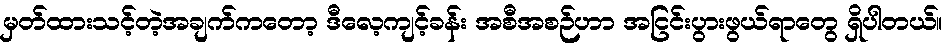
မှတ်ထားသင့်တဲ့အချက်ကတော့ ဒီလေ့ကျင့်ခန်း အစီအစဉ်ဟာ အငြင်းပွားဖွယ်ရာတွေ ရှိပါတယ်။